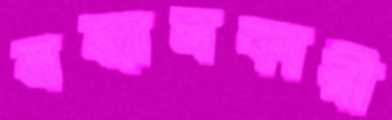
সন্ধানকারী